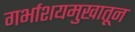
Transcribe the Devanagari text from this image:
गर्भाशयमुखातून